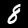
Digit: 8